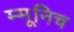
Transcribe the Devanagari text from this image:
म्मूनिच